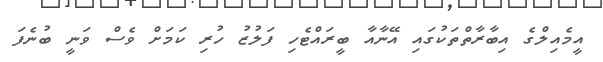
އީމެއިލްގެ އިބާރާތްތަކުގައި އޭނާއާ ބީރައްޓެހި ފަލުޒު ހުރި ކަމަށް ވެސް ވަނީ ބުނެފަ